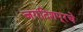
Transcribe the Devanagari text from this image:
जगदिशपूरचे